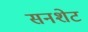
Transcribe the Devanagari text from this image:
सनशेट